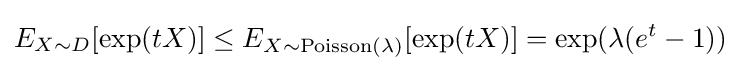
E_{X\sim D}[\exp(tX)]\leq E_{X\sim {\text{Poisson}}(\lambda )}[\exp(tX)]=\exp(\lambda (e^{t}-1))